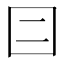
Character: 𡆤